Report on the Civil Veterinary Department, Eastern Bengal and Assam - 1907-1911
Year: 1907
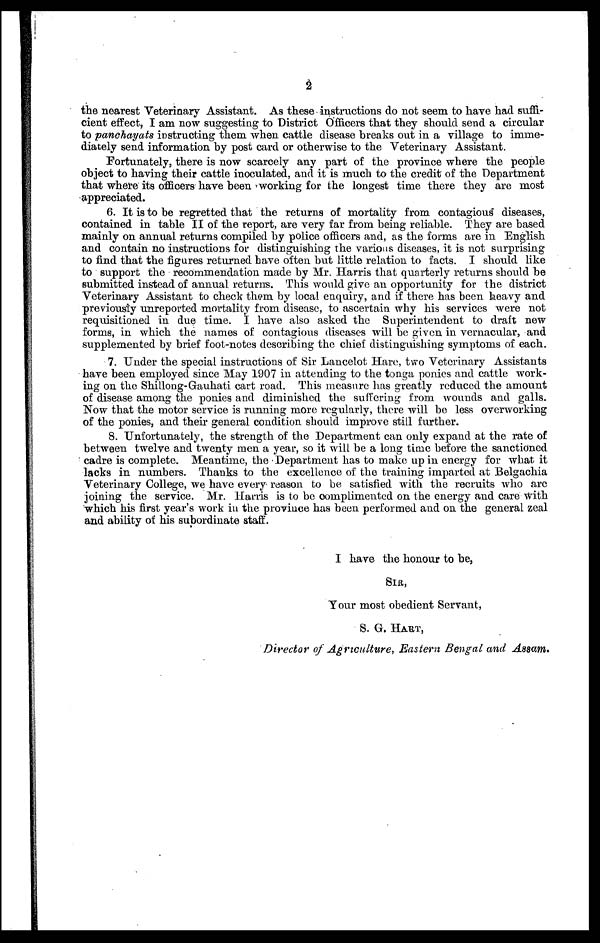
2
the nearest Veterinary Assistant. As these instructions do not seem to have had suffi-
cient effect, I am now suggesting to District Officers that they should send a circular
to panchayats instructing them when cattle disease breaks out in a village to imme-
diately send information by post card or otherwise to the Veterinary Assistant.
Fortunately, there is now scarcely any part of the province where the people
object to having their cattle inoculated, and it is much to the credit of the Department
that where its officers have been working for the longest time there they are most
appreciated.
6. It is to be regretted that the returns of mortality from contagious diseases,
contained in table II of the report, are very far from being reliable. They are based
mainly on annual returns compiled by police officers and, as the forms are in English
and contain no instructions for distinguishing the various diseases, it is not surprising
to find that the figures returned have often but little relation to facts. I should like
to support the recommendation made by Mr. Harris that quarterly returns should be
submitted instead of annual return's. This would give an opportunity for the district
Veterinary Assistant to check them by local enquiry, and if there has been heavy and
previously unreported mortality from disease, to ascertain why his services were not
requisitioned in due time. I have also asked the Superintendent to draft new
forms, in which the names of contagious diseases will be given in vernacular, and
supplemented by brief foot-notes describing the chief distinguishing symptoms of each.
7. Under the special instructions of Sir Lancelot Hare, two Veterinary Assistants
have been employed since May 1907 in attending to the tonga ponies and cattle work-
ing on the Shi Shillong-Gauhati cart road. This measure has greatly reduced the amount
of disease among the ponies and diminished the suffering from wounds and galls.
Now that the motor service is running more regularly, there will be less overworking
of the ponies, and their general condition should improve still further.
8. Unfortunately, the strength of the Department can only expand at the rate of
between twelve and twenty men a year, so it will be a long time before the sanctioned
cadre is complete. Meantime, the Department has to make up in energy for what it
lacks in numbers. Thanks to the excellence of the training imparted at Belgachia
Veterinary College, we have every reason to be satisfied with the recruits who are
joining the service. Mr. Harris is to be complimented on the energy and care with
which his first year's work in the province has been performed and on the general zeal
and ability of his subordinate staff.
I have the honour to be,
SIR,
Tour most obedient Servant,
S. G. HART,
Director of Agriculture, Eastern Bengal and Assam.